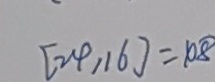
[ 2 4 , 1 6 ] = 1 0 8